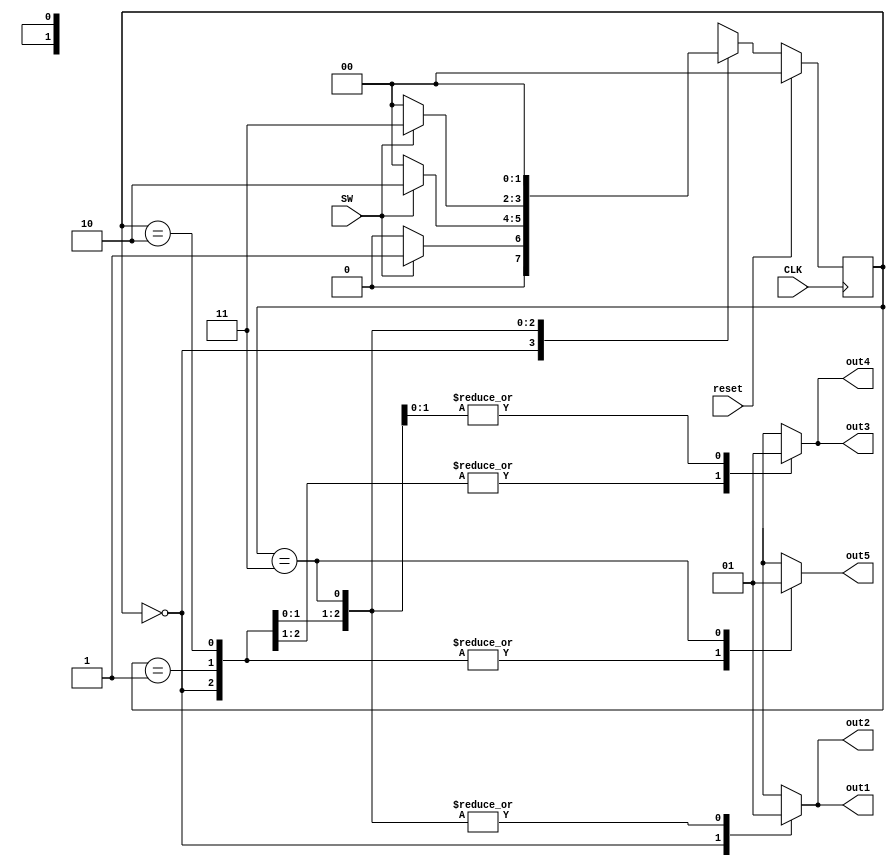
`timescale 1ns / 1ps
//////////////////////////////////////////////////////////////////////////////////
// Company: 
// Engineer: 
// 
// Design Name: 
// Module Name:    TrafficLightVerilog 
// Project Name: 
// Target Devices: 
// Tool versions: 
// Description: 
//
// Dependencies: 
//
// Revision: 
// Revision 0.01 - File Created
// Additional Comments: 
//
//////////////////////////////////////////////////////////////////////////////////
`define S1 2'b00
`define S2 2'b01
`define S3 2'b10
`define S4 2'b11
module TrafficLightModule(input CLK, SW, reset,output reg out1,out2,out3,out4,out5);

reg[1:0] state;
reg[1:0] nextState;

always @(posedge CLK) 
begin
	if(reset) state = `S1;
	else      state = nextState;
end //end posedge CLK

always @(state or SW)
begin
	case(state)
	
		`S1: 
		begin
			if(SW) nextState <= `S2;
			else   nextState <= `S1;
		end
		
		`S2:
		begin
			if(SW) nextState <= `S3;
			else   nextState <= `S1;
		end
		
		`S3:
		begin
			if(SW) nextState <= `S4;
			else   nextState <= `S1;
		end
		
		`S4:
		begin
			if(SW) nextState <= `S1;
			else   nextState <= `S1;
		end
		
		default:
		begin
			nextState <= `S1;
		end
				
	endcase
end//always @ state or SW

always @(state)
begin
	case(state)
		`S1: begin out1=0; out2=0; out3=0; out4=0; out5=0; end
		`S2: begin out1=1; out2=1; out3=0; out4=0; out5=0; end
		`S3: begin out1=1; out2=1; out3=1; out4=1; out5=0; end
		`S4: begin out1=1; out2=1; out3=1; out4=1; out5=1; end
		default : begin out1=0; out2=0; out3=0; out4=0; out5=0; end
	endcase
end

endmodule